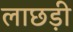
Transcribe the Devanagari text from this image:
लाछड़ी